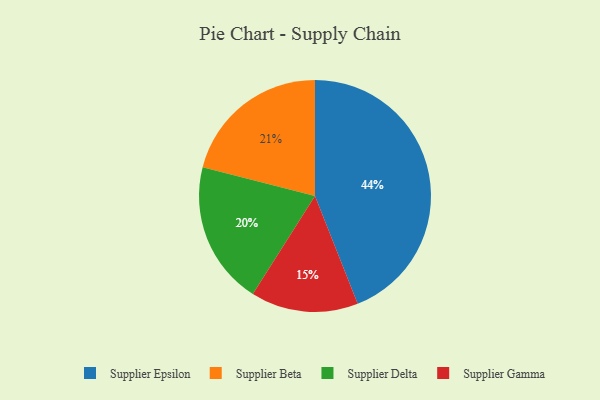
{"axis": {"x": "Category", "y": "Percentage"}, "legend": ["Supplier Beta", "Supplier Delta", "Supplier Epsilon", "Supplier Gamma"], "data": [{"x": "Supplier Delta", "y": 20, "type": "Supplier Delta"}, {"x": "Supplier Gamma", "y": 15, "type": "Supplier Gamma"}, {"x": "Supplier Epsilon", "y": 44, "type": "Supplier Epsilon"}, {"x": "Supplier Beta", "y": 21, "type": "Supplier Beta"}]}